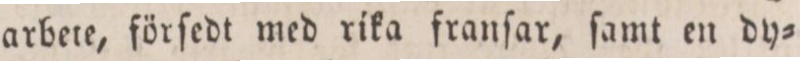
arbete, förſedt med rika franſar, ſamt en dy=